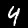
Label: 4